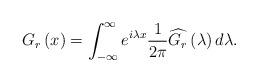
LaTeX: \begin{align*}G_{r}\left(x\right)=\int_{-\infty}^{\infty}e^{i\lambda x}\frac{1}{2\pi}\widehat{G_{r}}\left(\lambda\right)d\lambda.\end{align*}